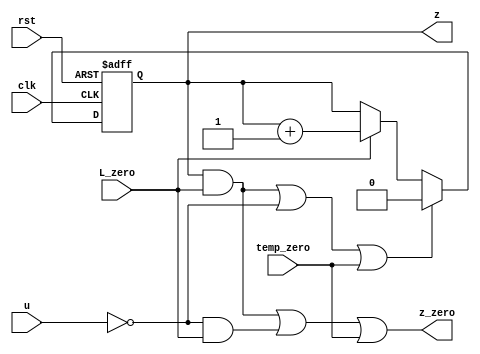
module Z_count_L2(z,z_zero,u,L_zero,clk,rst,temp_zero);
input L_zero,rst,clk,temp_zero;
input wire  u;
output reg   z;
output wire z_zero;
always @ (posedge clk or negedge rst)
	begin
		if (!rst )
			begin z<=0;  end
		else if((z && L_zero) || u==0||temp_zero)
			z<=0;
		else if(L_zero)
			begin z<=z+1'b1;  end
	end
assign z_zero=(z && L_zero) || u==0&& L_zero||temp_zero;

endmodule